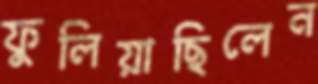
ফুলিয়াছিলেন